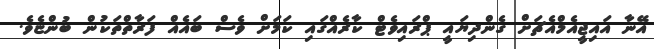
އޭނާ އައިޖީއެމްއެޗަށް ގެންދިޔައީ ޕްރައިވެޓް ކާރެއްގައި ކަމަށް ވެސް ބައެއް ފަރާތްތަކުން ބުންޏެވެ.